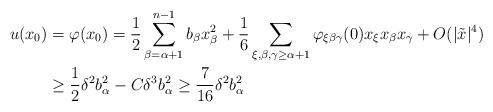
\begin{align*}\begin{aligned}u (x_0)& =\varphi(x_0)= \frac{1}{2} \sum_{\beta=\alpha+1}^{n-1} b_\beta x_\beta^2 + \frac{1}{6} \sum_{\xi, \beta, \gamma \geq \alpha+1} \varphi_{\xi \beta \gamma} (0) x_\xi x_\beta x_\gamma + O (|\tilde{x}|^4)\\&\geq \frac{1}{2} \delta^2 b_\alpha^2 - C \delta^3 b_\alpha^2 \geq \frac{7}{16} \delta^2 b_\alpha^2\end{aligned}\end{align*}